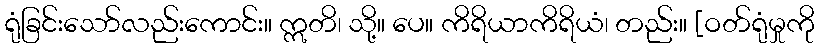
ရုံခြင်းသော်လည်းကောင်း။ ဣတိ၊ သို့။ ပေ။ ကိရိယာကိရိယံ၊ တည်း။ [ဝတ်ရုံမှုကို